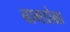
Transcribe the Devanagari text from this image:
बागडोग्रा